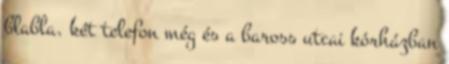
blabla. két telefon még és a baross utcai kórházban